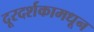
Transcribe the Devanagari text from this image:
दूरदर्शकामधून